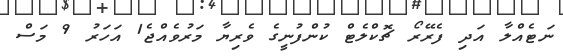
ނަޓެއްލާ އަދި ފެރޭރޯ ޗޮކްލެޓް ކުންފުނީގެ ވެރިޔާ މަރުވެއްޖެ1 އަހަރު 9 މަސް